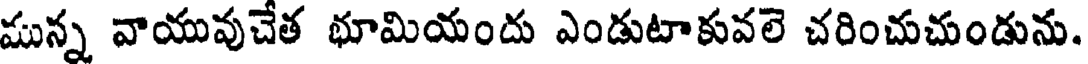
మున్న వాయువుచేత భూమియందు ఎండుటాకువలె చరించుచుండును.